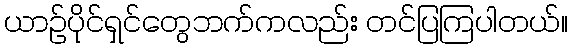
ယာဥ်ပိုင်ရှင်တွေဘက်ကလည်း တင်ပြကြပါတယ်။